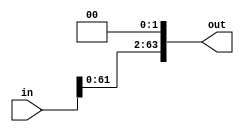
//2 bit shift extender.
//Actual hardware for implementing this is not necessary. We just move the wires.

module shift_extender (input [63:0] in, output reg [63:0] out);

always @ (in) begin

	out <= {in[61:0], 2'b0};

end

endmodule